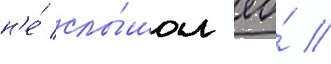
н'е́ слы́шал ео́ //